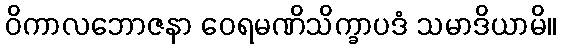
ဝိကာလဘောဇနာ ဝေရမဏိသိက္ခာပဒံ သမာဒိယာမိ။